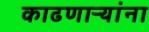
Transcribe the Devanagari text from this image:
काढणाऱ्यांना